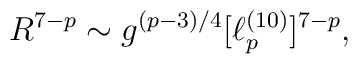
R^{7-p} \sim g^{(p-3)/4} [\ell_p^{(10)}]^{7-p},